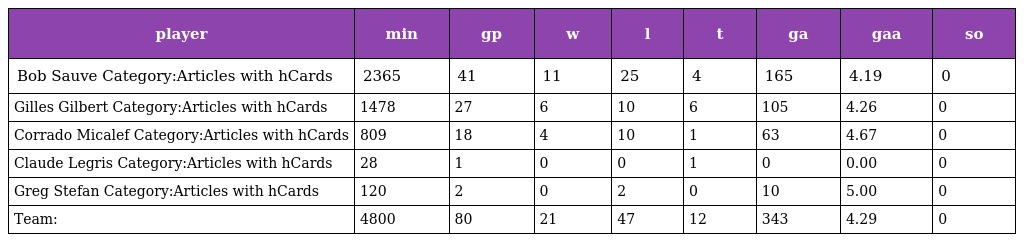
| player | min | gp | w | l | t | ga | gaa | so |
 | --- | --- | --- | --- | --- | --- | --- | --- | --- |
 | Bob Sauve Category:Articles with hCards | 2365 | 41 | 11 | 25 | 4 | 165 | 4.19 | 0 |
 | Gilles Gilbert Category:Articles with hCards | 1478 | 27 | 6 | 10 | 6 | 105 | 4.26 | 0 |
 | Corrado Micalef Category:Articles with hCards | 809 | 18 | 4 | 10 | 1 | 63 | 4.67 | 0 |
 | Claude Legris Category:Articles with hCards | 28 | 1 | 0 | 0 | 1 | 0 | 0.00 | 0 |
 | Greg Stefan Category:Articles with hCards | 120 | 2 | 0 | 2 | 0 | 10 | 5.00 | 0 |
 | Team: | 4800 | 80 | 21 | 47 | 12 | 343 | 4.29 | 0 |